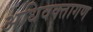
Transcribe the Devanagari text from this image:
अधिवक्तागण